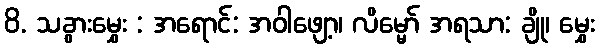
8. သခွားမွှေး : အရောင်: အဝါဖျော့၊ လိမ္မော် အရသာ: ချို၊ မွှေး